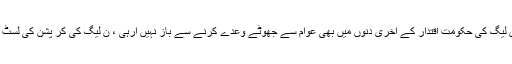
اپنے ایک بیان میں انہوںنے کہاکہ ن لیگ کی حکومت اقتدار کے آخری دنوں میں بھی عوام سے جھوٹے وعدے کرنے سے باز نہیں آرہی ، ن لیگ کی کر پشن کی لسٹ دن بہ دن طویل ہو تی جارہی ہے ، ۔